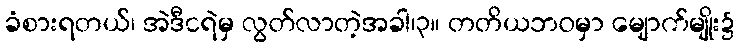
ခံစားရတယ်၊ အဲဒီငရဲမှ လွတ်လာတဲ့အခါ၊၃။ တတိယဘဝမှာ မျောက်မျိုး၌